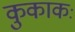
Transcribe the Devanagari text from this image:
कुकाकः